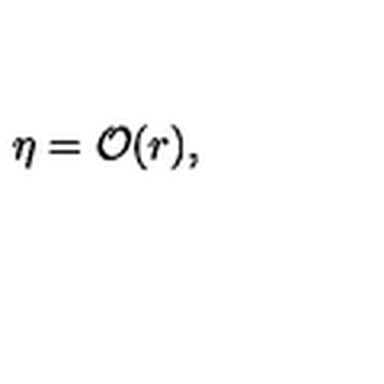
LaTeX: \eta = { \cal O } ( r ) ,